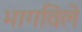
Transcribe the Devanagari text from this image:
भागविले